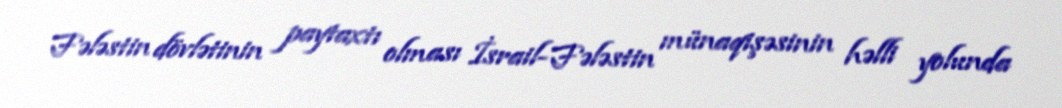
Fələstin dövlətinin paytaxtı olması İsrail-Fələstin münaqişəsinin həlli yolunda